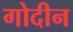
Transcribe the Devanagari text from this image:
गोदीन